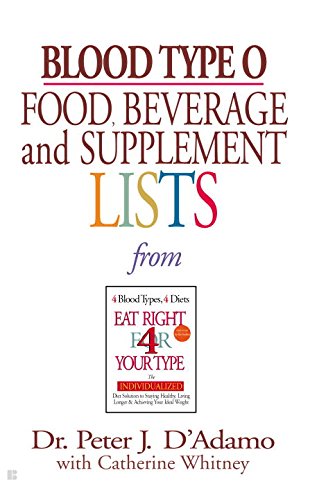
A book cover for Blood Type O Food, Beverage and Supplemental Lists; Peter J. D'Adamo; Health, Fitness & Dieting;